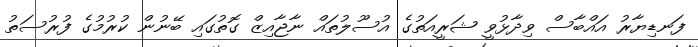
ފަނޑިޔާރު އައްބާސް ވިދާޅުވީ ޝަރީއަތުގެ އުސޫލުތައް ނާޖާއިޒް ގޮތުގައި ބޭނުން ކުރުމުގެ ފުރުސަތު